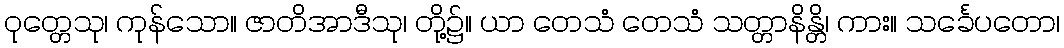
ဝုတ္တေသု၊ ကုန်သော။ ဇာတိအာဒီသု၊ တို့၌။ ယာ တေသံ တေသံ သတ္တာနိန္တိ၊ ကား။ သင်္ခေပတော၊